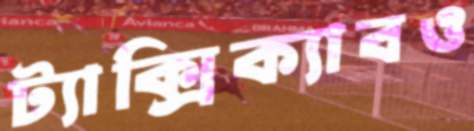
ট্যাক্সিক্যাবও